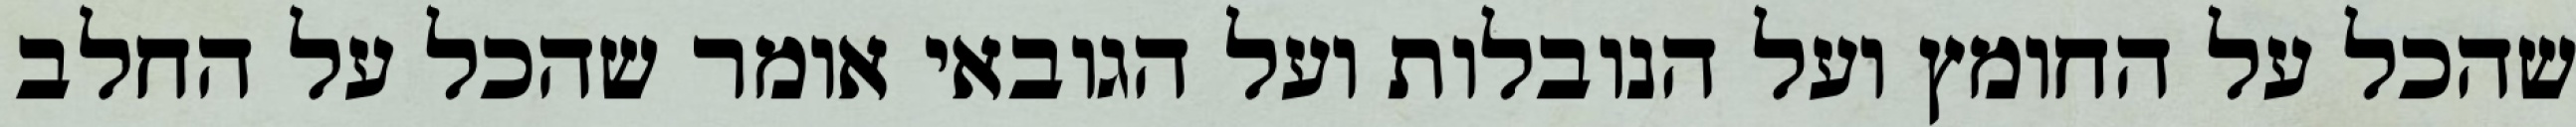
שהכל על החומץ ועל הנובלות ועל הגובאי אומר שהכל על החלב